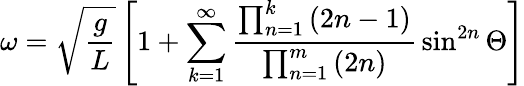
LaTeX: \omega={\sqrt{\frac{g}{L}}}\left[1+\sum_{k=1}^{\infty}{\frac{\prod_{n=1}^{k}\left(2n-1\right)}{\prod_{n=1}^{m}\left(2n\right)}}\sin^{2n}\Theta\right]